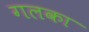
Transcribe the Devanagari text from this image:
गलका